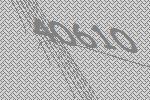
40610